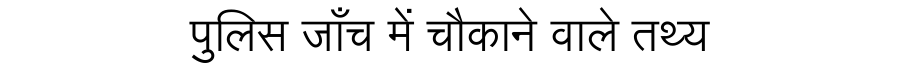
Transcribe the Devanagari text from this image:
पुलिस जाँच में चौकाने वाले तथ्य